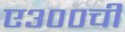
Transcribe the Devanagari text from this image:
ए३००ची